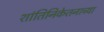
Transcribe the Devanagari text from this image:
शांतिनिकेतनाच्या